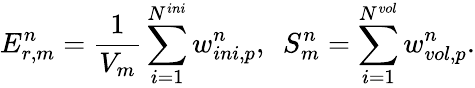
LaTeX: E_{r,m}^{n}=\frac{1}{V_{m}}\sum_{i=1}^{N^{ini}}w_{ini,p}^{n},\ \ S_{m}^{n}=\sum_{i=1}^{N^{vol}}w_{vol,p}^{n}.